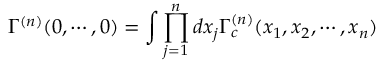
\Gamma ^ { ( n ) } ( 0 , \cdots , 0 ) = \int \prod _ { j = 1 } ^ { n } d x _ { j } \Gamma _ { c } ^ { ( n ) } ( x _ { 1 } , x _ { 2 } , \cdots , x _ { n } )